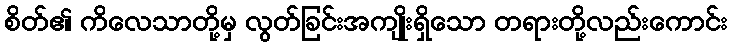
စိတ်၏ ကိလေသာတို့မှ လွတ်ခြင်းအကျိုးရှိသော တရားတို့လည်းကောင်း